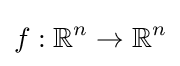
f:{\mathbb {R} }^{n}\to {\mathbb {R} }^{n}